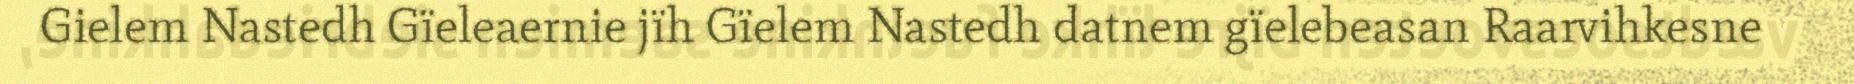
Gielem Nastedh Gïeleaernie jïh Gïelem Nastedh datnem gïelebeasan Raarvihkesne